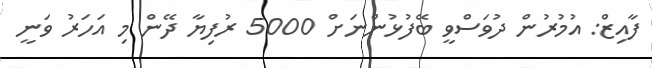
ފާއިޒް: އުމުރުން ދުވަސްވީ ބޭފުޅުންނަށް 5000 ރުފިޔާ ދޭން މި އަހަރު ވަނީ